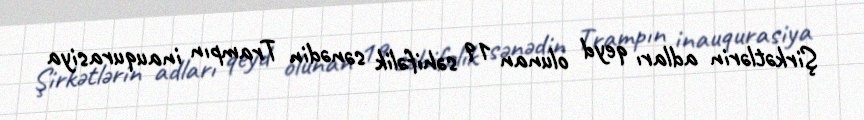
Şirkətlərin adları qeyd olunan 19 səhifəlik sənədin Trampın inauqurasiya